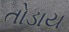
તોડાય